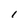
Character: l